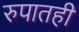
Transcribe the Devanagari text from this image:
रुपातही